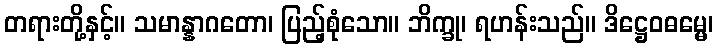
တရားတို့နှင့်။ သမာန္နာဂတော၊ ပြည့်စုံသော။ ဘိက္ခု၊ ရဟန်းသည်။ ဒိဋ္ဌေဝဓမ္မေ၊